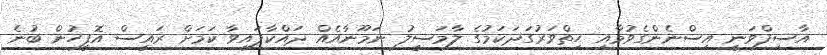
އާސިފްވަނީ އިސްނެންގެވުމާއި ހިތްވަރުގަދަކަމުގެ ލާމަސީލު ނަމޫނާއެއް ދައްކާފައިވާ ކަމަށް ރައީސް އޮފީހުން ބުނެ